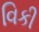
વિકી